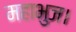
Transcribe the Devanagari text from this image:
महाभुज।